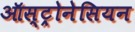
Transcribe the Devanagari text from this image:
ऑस्ट्रोनेसियन